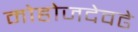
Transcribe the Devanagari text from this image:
मोहोजदेवढे